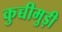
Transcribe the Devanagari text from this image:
कुच्चीमुड़ी